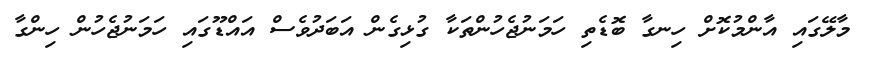
މާލޭގައި އާންމުކޮށް ހިނގާ ބޮޑެތި ހަމަނުޖެހުންތަކާ ގުޅިގެން އަބަދުވެސް އައްޑޫގައި ހަމަނުޖެހުން ހިންގާ